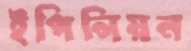
ইপিলিয়ন